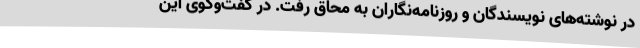
در نوشته‌های نویسندگان و روزنامه‌نگاران به محاق رفت. در گفت‌وگوی این